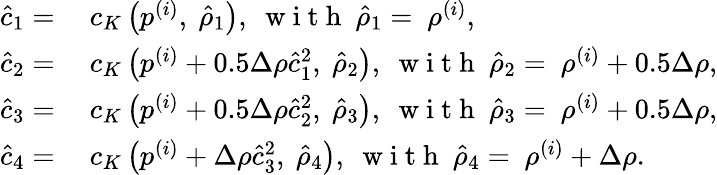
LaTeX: \begin{array}{rl}{\hat{c}_{1}=}&{{}~c_{K}\left(p^{(i)},~\hat{\rho}_{1}\right),~\mathrm{~w~i~t~h~}~\hat{\rho}_{1}=~\rho^{(i)},}\\ {\hat{c}_{2}=}&{{}~c_{K}\left(p^{(i)}+0.5\Delta\rho\hat{c}_{1}^{2},~\hat{\rho}_{2}\right),~\mathrm{~w~i~t~h~}~\hat{\rho}_{2}=~\rho^{(i)}+0.5\Delta\rho,}\\ {\hat{c}_{3}=}&{{}~c_{K}\left(p^{(i)}+0.5\Delta\rho\hat{c}_{2}^{2},~\hat{\rho}_{3}\right),~\mathrm{~w~i~t~h~}~\hat{\rho}_{3}=~\rho^{(i)}+0.5\Delta\rho,}\\ {\hat{c}_{4}=}&{{}~c_{K}\left(p^{(i)}+\Delta\rho\hat{c}_{3}^{2},~\hat{\rho}_{4}\right),~\mathrm{~w~i~t~h~}~\hat{\rho}_{4}=~\rho^{(i)}+\Delta\rho.}\end{array}